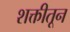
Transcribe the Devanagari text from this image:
शक्तीतून